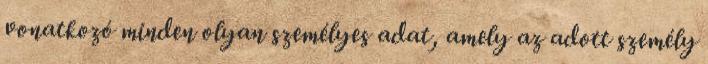
vonatkozó minden olyan személyes adat, amely az adott személy